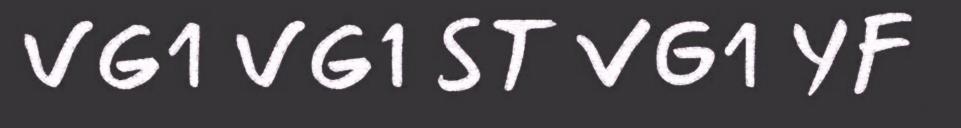
VG1 VG1 ST VG1 YF